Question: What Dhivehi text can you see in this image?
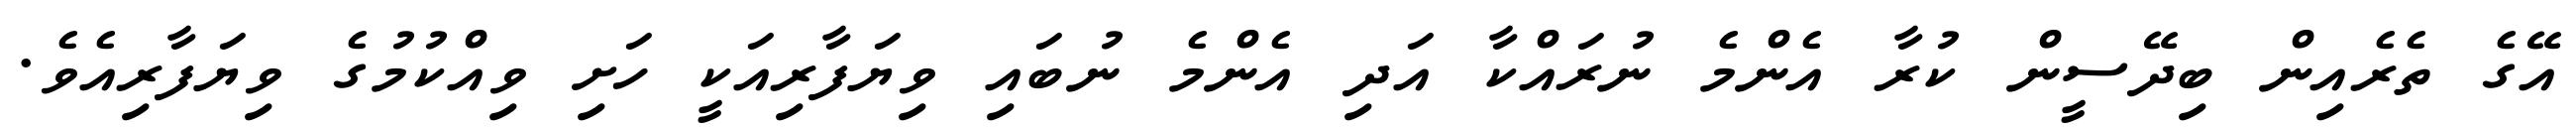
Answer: އޭގެ ތެރެއިން ބިދޭސީން ކުރާ އެންމެ ނުރައްކާ އަދި އެންމެ ނުބައި ވިޔަފާރިއަކީ ހަށި ވިއްކުމުގެ ވިޔަފާރިއެވެ.